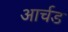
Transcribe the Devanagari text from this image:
आर्चड